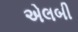
એલબી